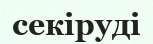
секіруді